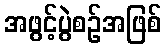
အဖွင့်ပွဲစဉ်အဖြစ်